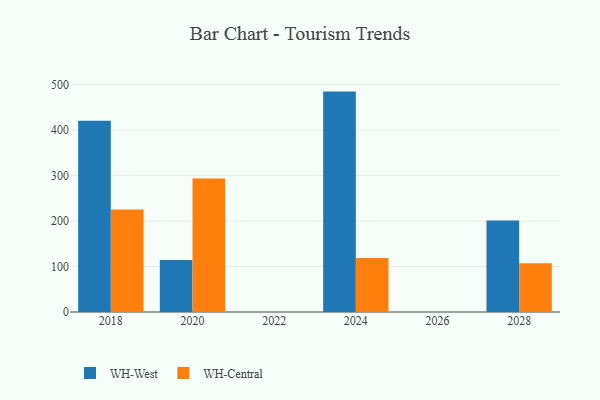
{"axis": {"x": "Year", "y": "Customer Acquisition Cost (USD)"}, "legend": ["WH-Central", "WH-West"], "data": [{"x": "2018", "y": 420.5, "type": "WH-West"}, {"x": "2018", "y": 225.1, "type": "WH-Central"}, {"x": "2020", "y": 114.1, "type": "WH-West"}, {"x": "2020", "y": 293.7, "type": "WH-Central"}, {"x": "2024", "y": 484.5, "type": "WH-West"}, {"x": "2024", "y": 118.7, "type": "WH-Central"}, {"x": "2028", "y": 201.0, "type": "WH-West"}, {"x": "2028", "y": 107.1, "type": "WH-Central"}]}